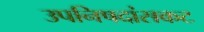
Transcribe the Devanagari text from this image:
उपनिषदांसकट